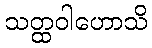
သတ္ထဝါဟောသိ